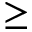
\ge